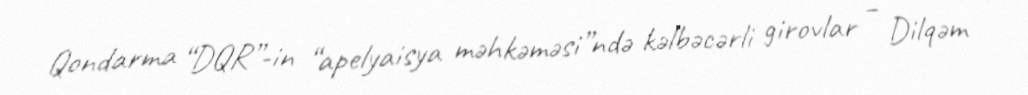
Qondarma “DQR”-in “apelyaisya məhkəməsi”ndə kəlbəcərli girovlar – Dilqəm